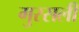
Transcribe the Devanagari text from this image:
गुरसली